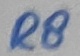
Text: RS